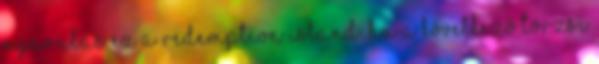
nyaralás ez a Redemption Island. Ha a következő törzsi